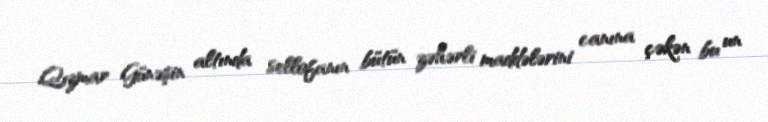
Qızmar Günəşin altında sellofanın bütün zəhərli maddələrini canına çəkən bu un